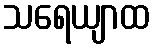
သရေယျာထ